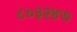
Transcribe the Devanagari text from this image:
८०३२४७